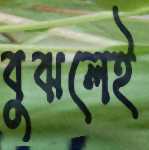
বুঝলেই